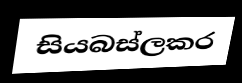
සියබස්ලකර